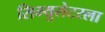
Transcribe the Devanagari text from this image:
सिम्युलेटरला